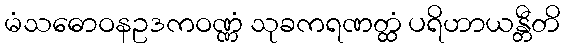
မံသဓောဝနဥဒကဝဏ္ဏံ သုခကရဏတ္ထံ ပရိဟာယန္တီတိ